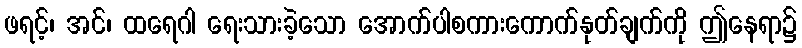
ဖရင့်၊ အင်၊ ထရေဂါ ရေးသားခဲ့သော အောက်ပါစကားကောက်နုတ်ချက်ကို ဤနေရာ၌